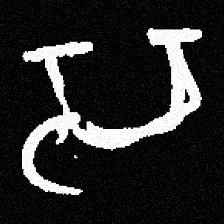
Pyu character \u2014 Myanmar letter: သ (romanized: sa)